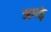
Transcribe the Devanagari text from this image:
अगड़े